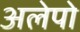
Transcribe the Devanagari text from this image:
अलेपो